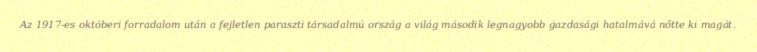
Az 1917-es októberi forradalom után a fejletlen paraszti társadalmú ország a világ második legnagyobb gazdasági hatalmává nőtte ki magát.